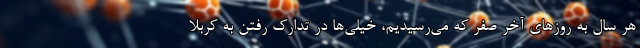
هر سال به روزهای آخر صفر که می‌رسیدیم، خیلی‌ها در تدارک رفتن به کربلا